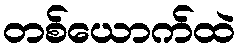
တစ်ယောက်ထဲ